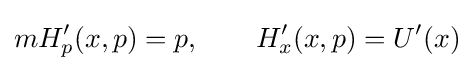
mH'_{p}(x,p)=p,\qquad H'_{x}(x,p)=U'(x)